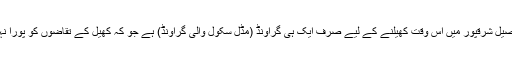
پوری تحصیل شرقپور میں اس وقت کھیلنے کے لیے صرف ایک ہی گراونڈ (مڈل سکول والی گراونڈ) ہے جو کہ کھیل کے تقاضوں کو پورا نہیں کرتی۔